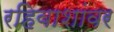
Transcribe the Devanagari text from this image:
रहिवाशांवर